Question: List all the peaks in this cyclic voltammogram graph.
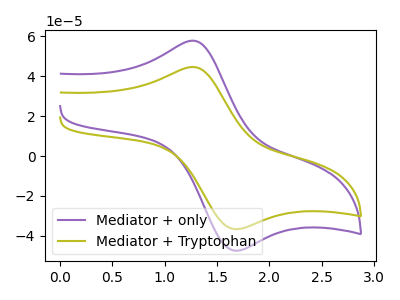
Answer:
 <answer>The purple curve "Mediator + only" has an anodic peak at (1.30V, 57.90uA) and a cathodic peak at (1.70V, -47.50uA). The olive curve "Mediator + Tryptophan" has an anodic peak at (1.30V, 44.70uA) and a cathodic peak at (1.70V, -36.65uA).</answer>
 <eval></eval>